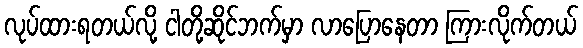
လုပ်ထားရတယ်လို့ ငါတို့ဆိုင်ဘက်မှာ လာပြောနေတာ ကြားလိုက်တယ်